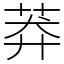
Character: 莽